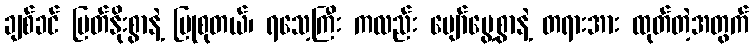
ချစ်ခင် မြတ်နိုးစွာနဲ့ ပြုစုတယ်၊ ရသေ့ကြီး ကလည်း ပျော်မွေ့စွာနဲ့ တရားအား ထုတ်တဲ့အတွက်